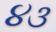
૪૩